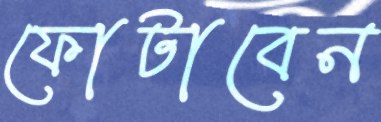
ফোটাবেন